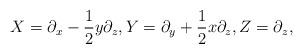
LaTeX: \begin{align*} X=\partial_x-\frac{1}{2}y\partial_z,Y=\partial_y+\frac{1}{2}x\partial_z,Z=\partial_z,\end{align*}